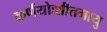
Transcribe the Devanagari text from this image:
कर्णयोःशीतमायु